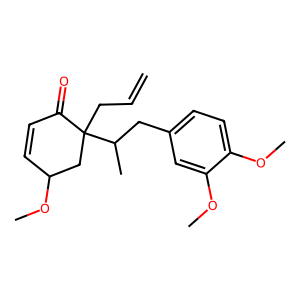
SMILES: C=CCC1(C(C)Cc2ccc(OC)c(OC)c2)CC(OC)C=CC1=O
Inhibits HIV replication: Yes